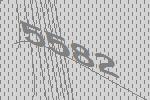
5582